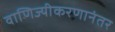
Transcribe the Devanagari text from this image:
वाणिज्यीकरणानंतर